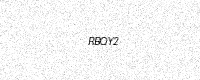
Text: RBQY2